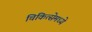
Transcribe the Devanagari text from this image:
चिकित्सेमध्ये